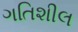
ગતિશીલ